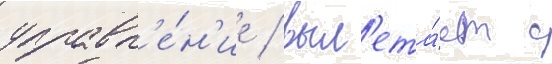
управл'е́н'ие / выл'ета́ет с